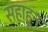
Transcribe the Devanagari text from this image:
सहाहून